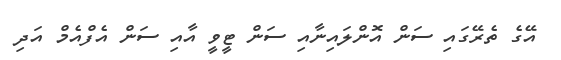
އޭގެ ތެރޭގައި ސަން އޮންލައިނާއި ސަން ޓީވީ އާއި ސަން އެފްއެމް އަދި